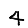
Digit: 4